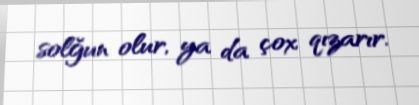
solğun olur, ya da çox qızarır.